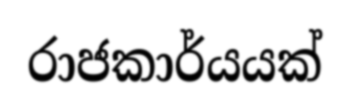
රාජකාර්යයක්